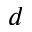
d